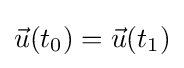
{\vec {u}}(t_{0})={\vec {u}}(t_{1})